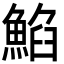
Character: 䱤